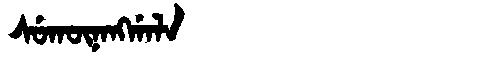
Manchu: ᠰᡠᡴᡡᠨᠠᠩᡤᠠᠯᠠ
Romanization: SUKŪNANGGALA